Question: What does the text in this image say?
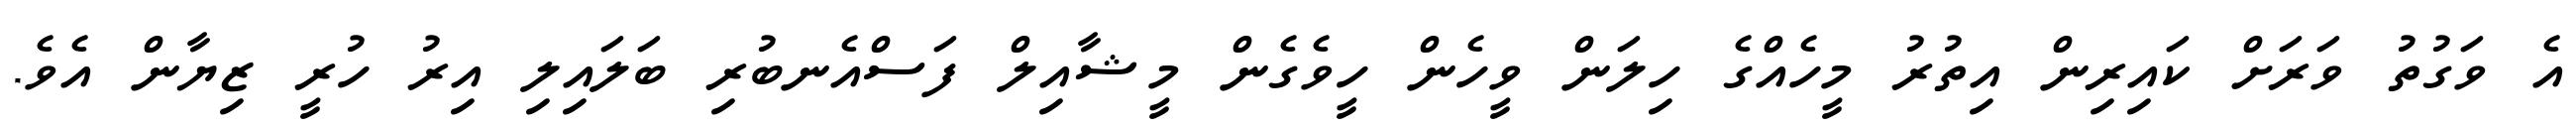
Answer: އެ ވަގުތު ވަރަށް ކައިރިން އިތުރު މީހެއްގެ ހިލަން ވީހެން ހީވެގެން މީޝާއިލް ފަސްއެނބުރި ބަލައިލި އިރު ހުރީ ޒިޔާން އެވެ.